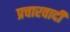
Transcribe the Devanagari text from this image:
प्रचारवादी